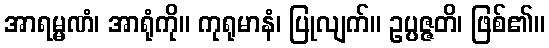
အာရမ္မဏံ၊ အာရုံကို။ ကုရုမာနံ၊ ပြုလျက်။ ဥပ္ပဇ္ဇတိ၊ ဖြစ်၏။